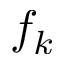
f _ { k }